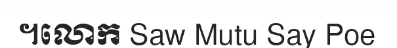
។លោក Saw Mutu Say Poe